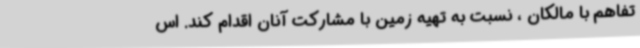
تفاهم با مالکان ، نسبت به تهیه زمین با مشارکت آنان اقدام کند.‌ اس